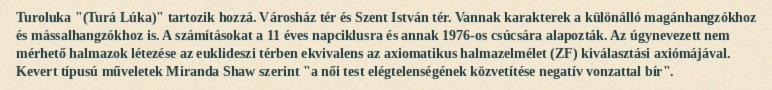
Turoluka "(Turá Lúka)" tartozik hozzá. Városház tér és Szent István tér. Vannak karakterek a különálló magánhangzókhoz és mássalhangzókhoz is. A számításokat a 11 éves napciklusra és annak 1976-os csúcsára alapozták. Az úgynevezett nem mérhető halmazok létezése az euklideszi térben ekvivalens az axiomatikus halmazelmélet (ZF) kiválasztási axiómájával. Kevert típusú műveletek Miranda Shaw szerint "a női test elégtelenségének közvetítése negatív vonzattal bír".